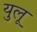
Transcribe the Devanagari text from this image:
युलू